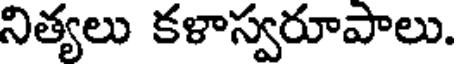
నిత్యలు కళాస్వరూపాలు.